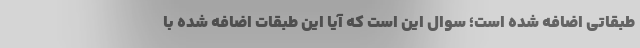
طبقاتی اضافه شده است؛ سوال این است که آیا این طبقات اضافه شده با